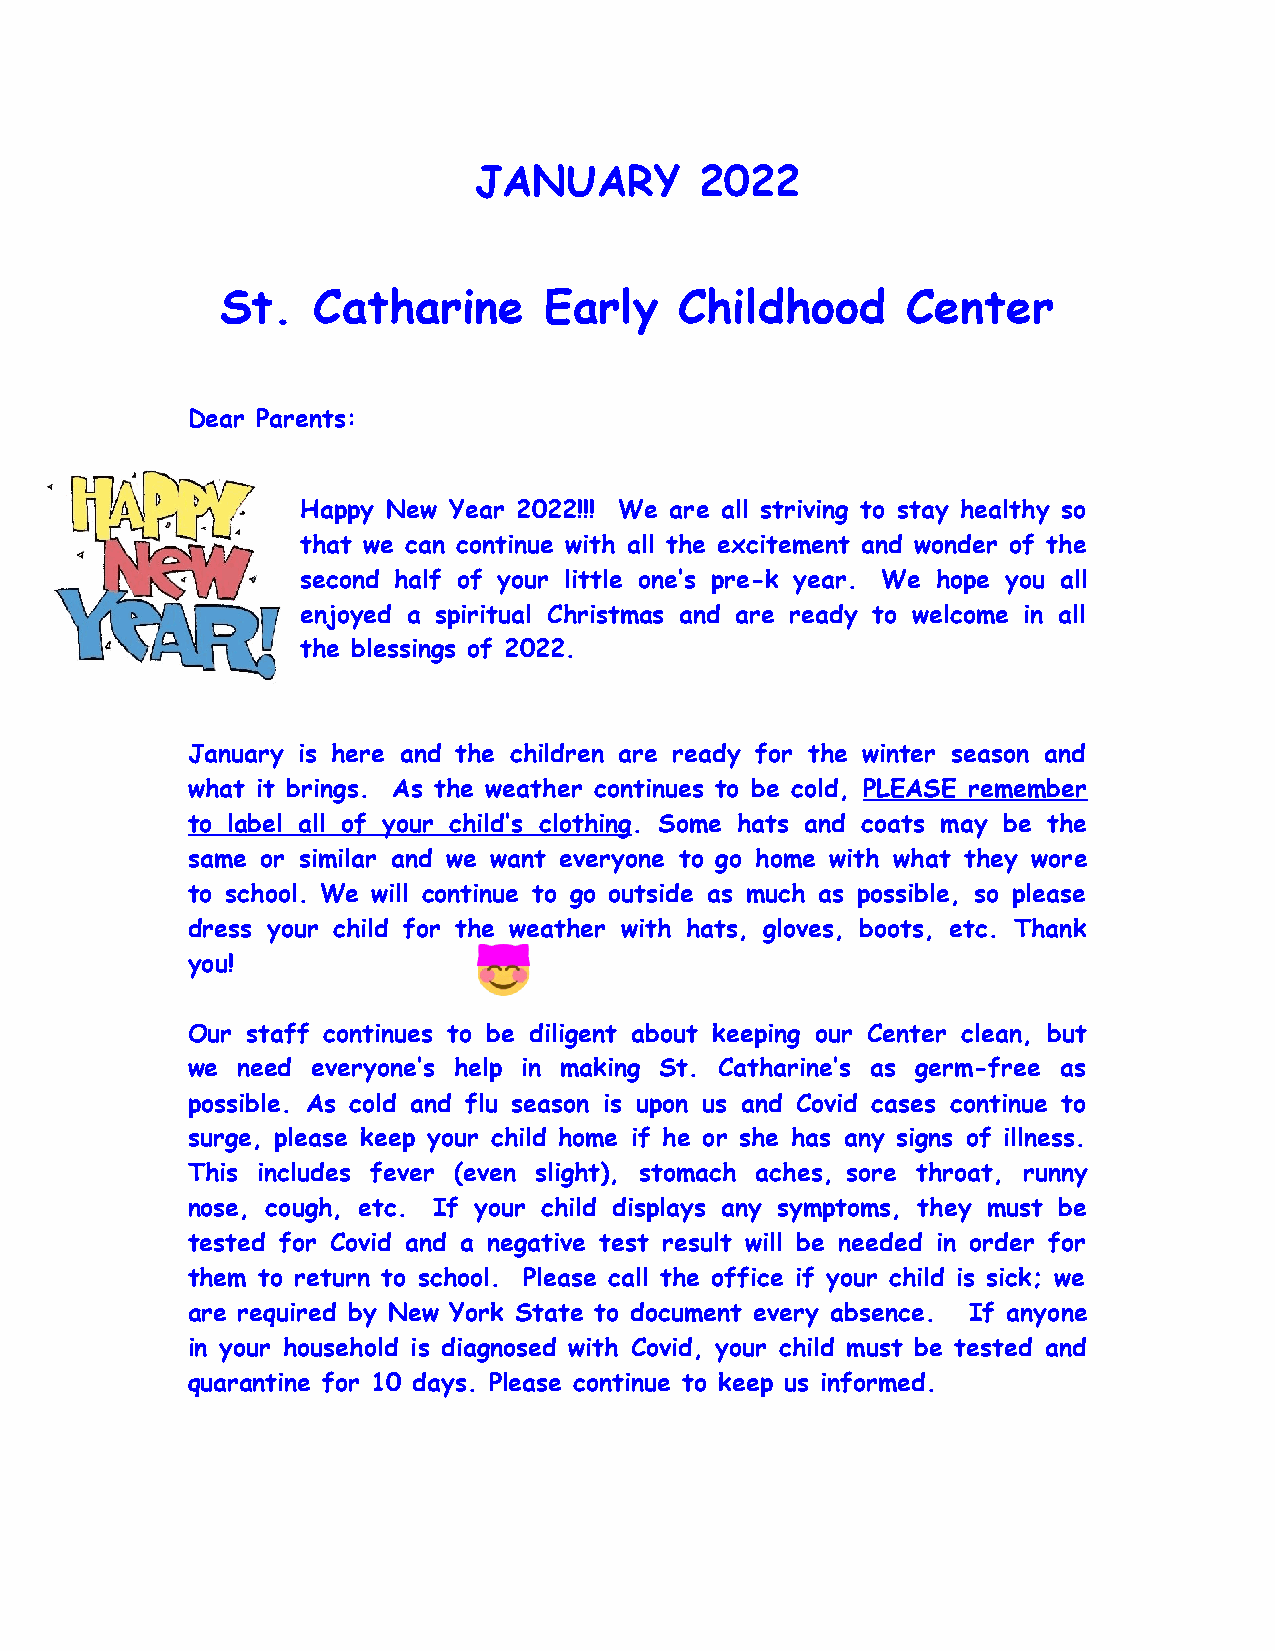
JANUARY        2022
 St.   Catharine      Early    Childhood      Center
 Dear Parents:
 Happy New Year 2022!!! We are all striving to stay healthy so
 that we can continue with all the excitement and wonder of the
 second half of your little one’s pre-k year. We hope you all
 enjoyed a spiritual Christmas and are ready to welcome in all
 the blessings of 2022.
 January is here and the children are ready for the winter season and
 what it brings. As the weather continues to be cold, PLEASE remember
 to label all of your child’s clothing. Some hats and coats may be the
 same or similar and we want everyone to go home with what they wore
 to school. We will continue to go outside as much as possible, so please
 dress your child for the weather with hats, gloves, boots, etc. Thank
 you!
 Our staff continues to be diligent about keeping our Center clean, but
 we  need everyone’s help in making St. Catharine’s as germ-free as
 possible. As cold and flu season is upon us and Covid cases continue to
 surge, please keep your child home if he or she has any signs of illness.
 This includes fever (even slight), stomach aches, sore throat, runny
 nose, cough, etc. If your child displays any symptoms, they must be
 tested for Covid and a negative test result will be needed in order for
 them to return to school. Please call the office if your child is sick; we
 are required by New York State to document every absence. If anyone
 in your household is diagnosed with Covid, your child must be tested and
 quarantine for 10 days. Please continue to keep us informed.